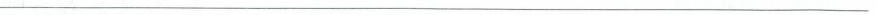
___